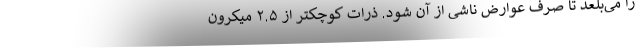
را می‌بلعد تا صرف عوارض ناشی از آن شود. ذرات کوچکتر از ۲.۵ میکرون